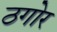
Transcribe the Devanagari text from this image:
ठगोर